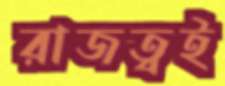
রাজত্বই